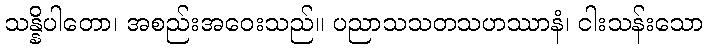
သန္နိပါတော၊ အစည်းအဝေးသည်။ ပညာသသတသဟဿာနံ၊ ငါးသန်းသော